Report on lock hospitals in British Burma
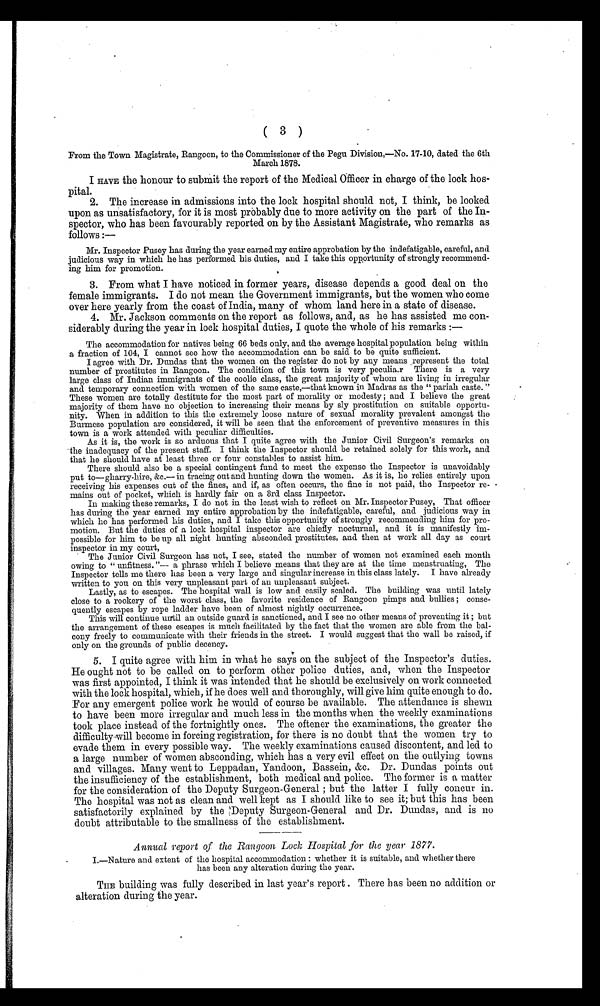
1
3
)
From the Town Magistrate, Rangoon, to the Commissioner of the Pegu Division,—No. 17-10, dated the 6th
March 1878.
I HAVE the honour to submit the report of the Medical Officer in charge of the lock hos-
pital.
2. The increase in admissions into the lock hospital should not, I think, be looked
upon as unsatisfactory, for it is most probably due to more activity on the part of the In-
spector, who has been favourably reported on by the Assistant Magistrate, who remarks as
follows :-
Mr. Inspector Pusey has during the year earned my entire approbation by the indefatigable, careful, and.
judicious way in which he has performed. his duties, and I take this opportunity of strongly recommend-
ing him for promotion.
•
3. From what I have noticed in former years, disease depends a good deal on the
female immigrants. I do not mean the Government immigrants, but the women who come
over here yearly from the coast of India, many of whom land here in a state of disease.
4. Mr. Jackson comments on the report as follows, and, as he has assisted me con-
siderably during the year in lock hospital duties, I quote the whole of his remarks : – —
The accommodation for natives being 66 beds only, and the average hospital population being within
a fraction of 104, I cannot see how the accommodation can be said to be quite sufficient.
I agree with Dr. Dundas that the women on the register do not by any means .represent the total
number of prostitutes in Rangoon. The condition of this town is very peculia.r There is a very
large class of Indian immigrants of the coolie class, the great majority of whom are living in irregular
and temporary connection with women of the same caste,—that known in Madras as the " pariah caste. "
These women are totally destitute for the most part of morality or modesty ; and I believe the great
majority of them have no objection to increasing their means by sly prostitution on suitable opportu
-nity. When in addition to this the extremely loose nature of sexual morality prevalent amongst the
Burmese population are considered, it will be seen that the enforcement of preventive measures in this
town is a work attended. with peculiar difficulties.
As it is, the work is so arduous that I quite agree with the Junior Civil Surgeon's remarks on
• the inadequacy of the present staff. I think the Inspector should be retained solely for this work, and
that he should have at least three or four constables to assist him.
There should also be a special contingent fund to meet the expense the Inspector is unavoidably
put to—gharry-hire, &c.— in tracing out and hunting down the women. As it is, he relies entirely upon
receiving his expenses out of the fines, and if, as often occurs, the fine is not paid, the Inspector re-
mains out of pocket, which is hardly fair on a 3rd class Inspector.
In making these remarks, I do not in the least wish to reflect on Mr. Inspector Pusey, That officer
lies during the year earned my entire approbation by the indefatigable, careful, and judicious way in
which he has performed his duties, and I take this opportunity of strongly recommending him for pro-
motion. But the duties of a lock hospital inspector are chiefly nocturnal, and it is manifestly im-
possible for him to be up all night hunting absconded prostitutes, and then at work all day as court
inspector in my court,
• The Junior Civil Surgeon has not, I see, stated the number of women not examined each month
owing to " unfitness. "-- a phrase which I believe means that they are at the time menstruating, The
Inspector tells me there has been a very large and singular increase in this class lately. I have already
written to you on this very unpleasant part of an unpleasant subject.
Lastly, as to escapes. The hospital wall is low and easily scaled. The building was until lately
close to a rookery of the worst class, the favorite residence of Rangoon pimps and bullies ; conse-
quently escapes by rope ladder have been of almost nightly occurrence.
This will continue until an outside guard is sanctioned, and I see no other means of preventing it ; but
the arrangement of these escapes is much. facilitated by the fact that the women are able from the bal-
cony freely to communicate with their friends in the street. I would suggest that the wall be raised, if
only on the grounds of public decency.
5. I quite agree with him in what he says on the subject of the Inspector's duties.
He ought not to be called on to perform other police duties, and, when the Inspector
was first appointed, I think it was intended that he should be exclusively on work connected
with the lock hospital, which, if he does well and thoroughly, will give him quite enough to do.
For any emergent police work he would of course be available. The attendance is shewn
to have been more irregular and much less in the months when the weekly examinations
took place instead of the fortnightly ones. The oftener the examinations, the greater the
d i f f i c u l t y . . w i l l b e c o m e i n f o r c i n g r e g i s t r a t i o n , f o r t h e r e i s n o d o u b t t h a t t h e w o m e n t r y t o
evade them in every possible way. The weekly examinations caused discontent, and led to
a large number of women absconding, which has a very evil effect on the outlying towns
and villages. Many went to Leppadan, Yandoon, Bassein, &c. Dr. Dundas points out
the insufficiency of the establishment, both medical and police. The former is a matter
for the consideration of the Deputy Surgeon-General ; but the latter I fully concur in.
The hospital was not as clean and well kept as I should like to see it; but this has been
satisfactorily explained by the Deputy Surgeon-General and Dr. Dundas, and is no
doubt attributable to the smallness of the establishment.
Annual report of the Rangoon Lock Hospital for the year 1877.
I.—Nature and extent of the hospital accommodation : whether it is suitable, and whether there
has been any alteration during the year.
THE building was fully described in last year's report . There has been no addition or
alteration during the year.